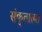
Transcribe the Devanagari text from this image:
संकृतात्मा